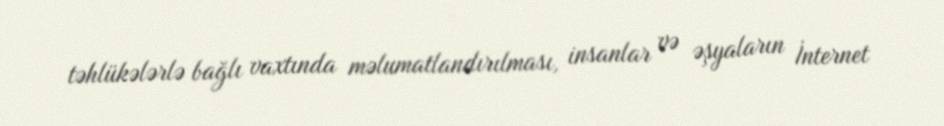
təhlükələrlə bağlı vaxtında məlumatlandırılması, insanlar və əşyaların İnternet